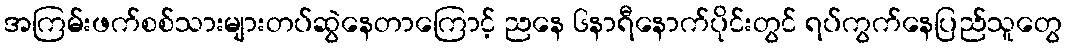
အကြမ်းဖက်စစ်သားများတပ်ဆွဲနေတာကြောင့် ညနေ ၆နာရီနောက်ပိုင်းတွင် ရပ်ကွက်နေပြည်သူတွေ